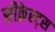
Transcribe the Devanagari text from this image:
सीक्रेस्ट्स